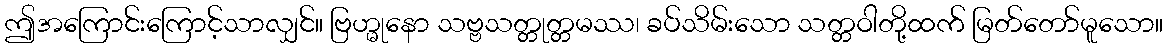
ဤအကြောင်းကြောင့်သာလျှင်။ ဗြဟ္မုနော သဗ္ဗသတ္တုတ္တမဿ၊ ခပ်သိမ်းသော သတ္တဝါတို့ထက် မြတ်တော်မူသော။